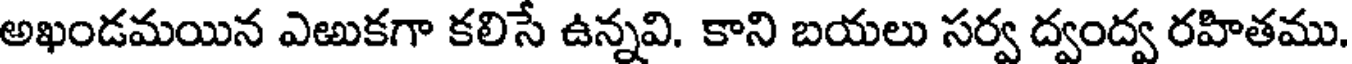
అఖండమయిన ఎఱుకగా కలిసే ఉన్నవి. కాని బయలు సర్వ ద్వంద్వ రహితము